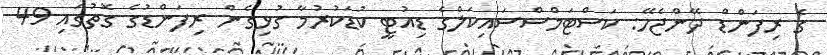
ގެ ރިފަންޑް ދޭންޖެހޭ: ކަސްޓަމްސްސައިކަލްގެ ޑިއުޓީ ކުޑަކުރުމާ ގުޅިގެން ރިފަންޑުގެ ގޮތުގައި 49